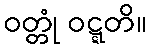
ဝတ္တုံ ဝဋ္ဋတိ။